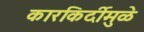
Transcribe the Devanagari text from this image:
कारकिर्दीमुळे